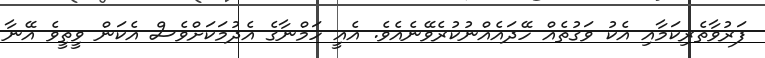
ފަރުވާތެރިކަމާއި އެކު ވަގުތެއް ހޭދައެއްނުކުރެވޭނެއެވެ. އެއީ ހަމްނާގެ އެދުމަކަށްވެސް އެކަން ވީތީވެ އޭނާ